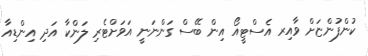
ކުންފުންޏަށް ވާއިރ އެސްޓީއޯ އިން ބޭސް ގަންނަނީ އަވަށްޓެރި ލަންކާ އަދި އިންޑިއާ